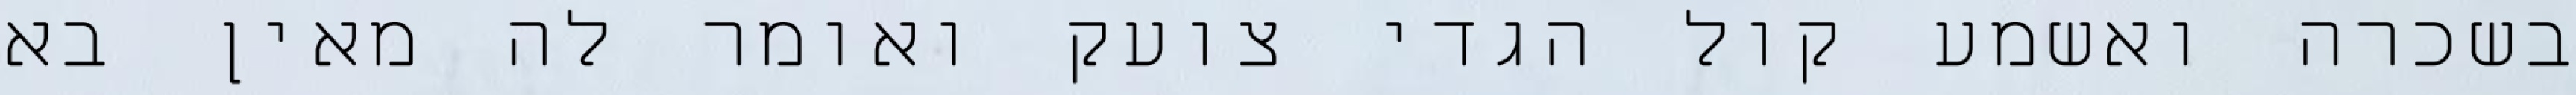
בשכרה ואשמע קול הגדי צועק ואומר לה מאין בא